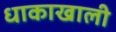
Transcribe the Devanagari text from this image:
धाकाखाली